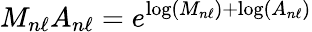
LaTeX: M_{n\ell}A_{n\ell}=e^{\log(M_{n\ell})+\log(A_{n\ell})}